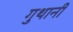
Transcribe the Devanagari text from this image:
गुथानी